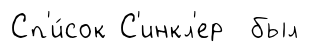
Сп'и́сок С'инкл'ер был